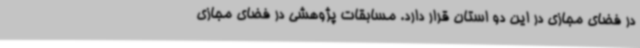
در فضای مجازی در این دو استان قرار دارد. مسابقات پژوهشی در فضای مجازی